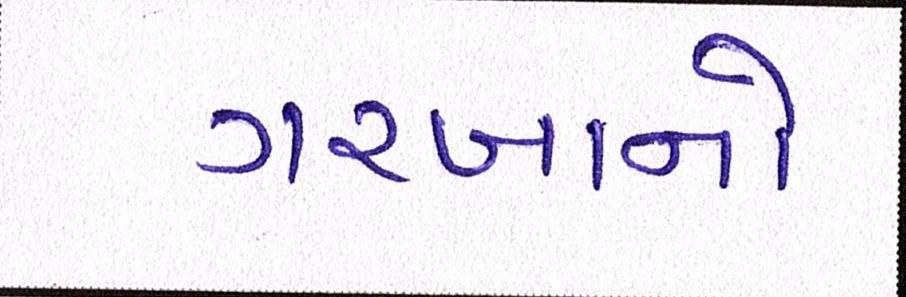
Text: ગરબાનો